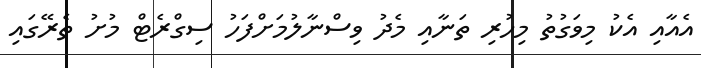
އެއާއި އެކު މިވަގުތު މިހުރި ތަނާއި މެދު ވިސްނާލުމަށްފަހު ސިގްރެޓް މުށު ތެރޭގައި